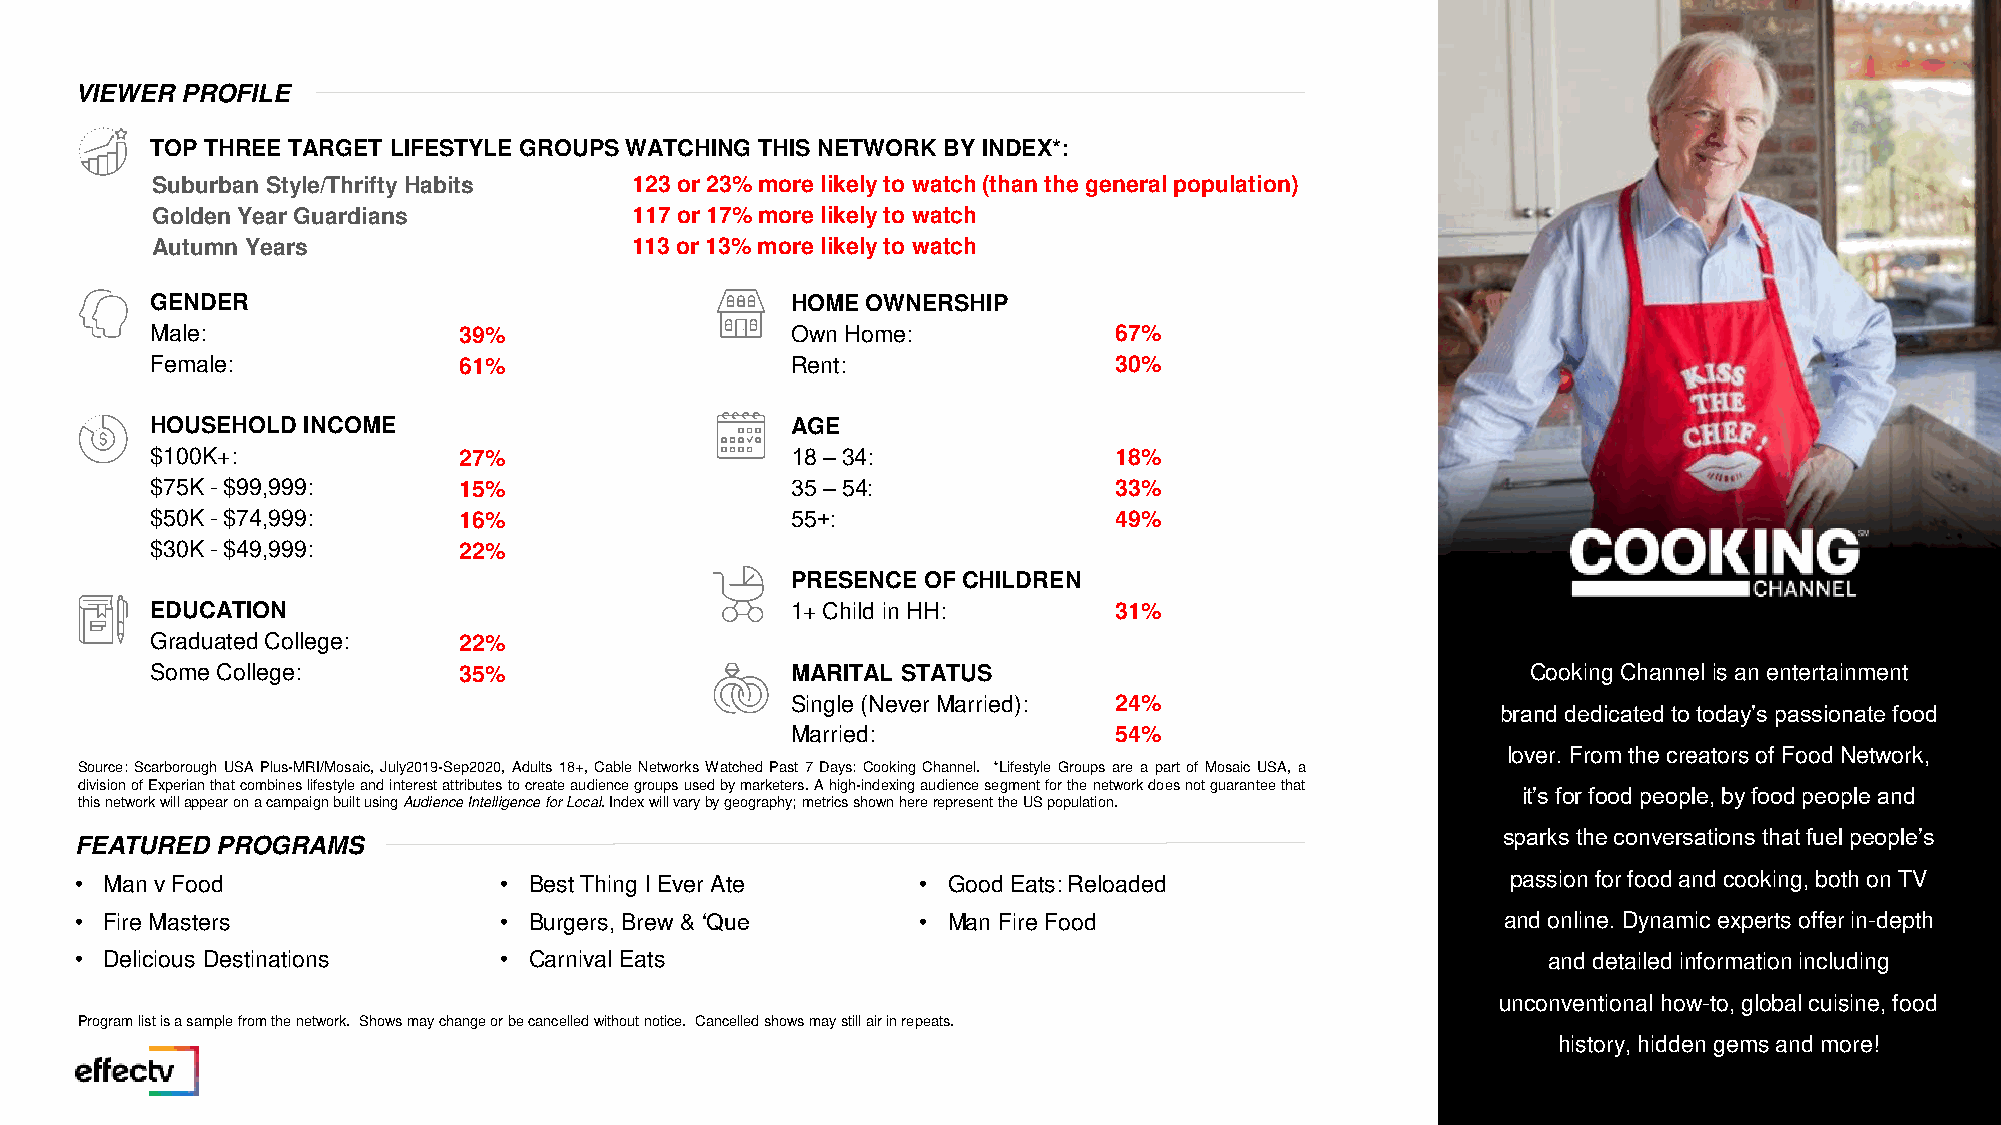
VIEWER PROFILE
 TOP THREE TARGET LIFESTYLE GROUPS WATCHING THIS NETWORK BY INDEX*:
 Suburban Style/Thrifty Habits   123 or 23% more likely to watch (than the general population)
 Golden Year Guardians           117 or 17% more likely to watch
 Autumn Years                    113 or 13% more likely to watch
 GENDER                                    HOME OWNERSHIP
 Male:               39%                   Own Home:             67%
 Female:             61%                   Rent:                 30%
 HOUSEHOLD INCOME                          AGE
 $100K+:             27%                   18 –34:               18%
 $75K -$99,999:      15%                   35–54:                33%
 $50K -$74,999:      16%                   55+:                  49%
 $30K -$49,999:      22%
 PRESENCE OF CHILDREN
 EDUCATION                                 1+ Child in HH:       31%
 Graduated College:  22%
 Some College:       35%                   MARITAL STATUS                                   Cooking Channel is an entertainment
 Single (Never Married): 24%
 brand dedicated to today’s passionate food
 Married:              54%
 lover. From the creators of Food Network,
 Source:Scarborough USA Plus-MRI/Mosaic, July2019-Sep2020, Adults 18+,CableNetworksWatchedPast 7Days: CookingChannel. *Lifestyle Groups are a part of Mosaic USA, a
 divisionofExperianthatcombineslifestyleandinterestattributestocreateaudiencegroupsusedbymarketers.Ahigh-indexingaudiencesegmentforthenetworkdoesnotguaranteethat
 it’s for food people, by food people and
 thisnetworkwillappearonacampaignbuiltusingAudienceIntelligenceforLocal.Indexwillvarybygeography;metricsshownhererepresenttheUSpopulation.
 FEATURED PROGRAMS                                                                             sparks the conversations that fuel people’s
 • Man v Food                • Best Thing I Ever Ate     • Good Eats: Reloaded                  passion for food and cooking, both on TV
 • Fire Masters              • Burgers, Brew & ‘Que      • Man Fire Food                        and online. Dynamic experts offer in-depth
 • Delicious Destinations    • Carnival Eats                                                      and detailed information including
 unconventional how-to, global cuisine, food
 Program list is a sample from the network. Shows may change or be cancelled without notice. Cancelled shows may still air in repeats.
 history, hidden gems and more!